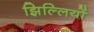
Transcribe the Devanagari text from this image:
झिल्‍लियों